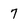
Character: 7